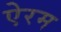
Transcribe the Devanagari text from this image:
ऐरम